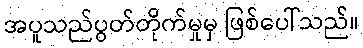
အပူသည်ပွတ်တိုက်မှုမှ ဖြစ်ပေါ်သည်။